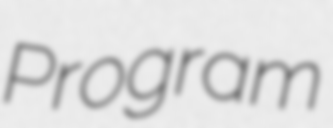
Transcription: Program